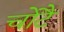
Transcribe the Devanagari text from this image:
चोटै